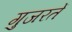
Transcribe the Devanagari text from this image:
गुजरतें